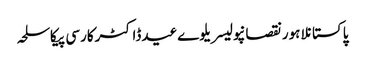
پاکستانلاہورنقصانپولیسریلوےعیدڈاکٹرکارسی پیکاسلحہ